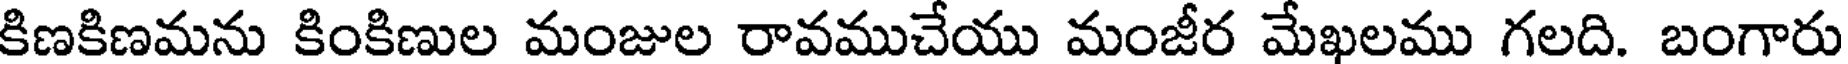
కిణకిణమను కింకిణుల మంజుల రావముచేయు మంజీర మేఖలము గలది. బంగారు